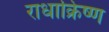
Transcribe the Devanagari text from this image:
राधाक्रिष्ण